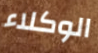
الوكلاء